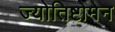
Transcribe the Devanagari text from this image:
ज्योतिष्टोमेन